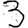
Digit: 3